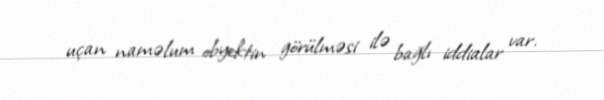
uçan naməlum obyektin görülməsi ilə bağlı iddialar var.